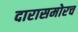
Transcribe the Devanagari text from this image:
दारासमोरच